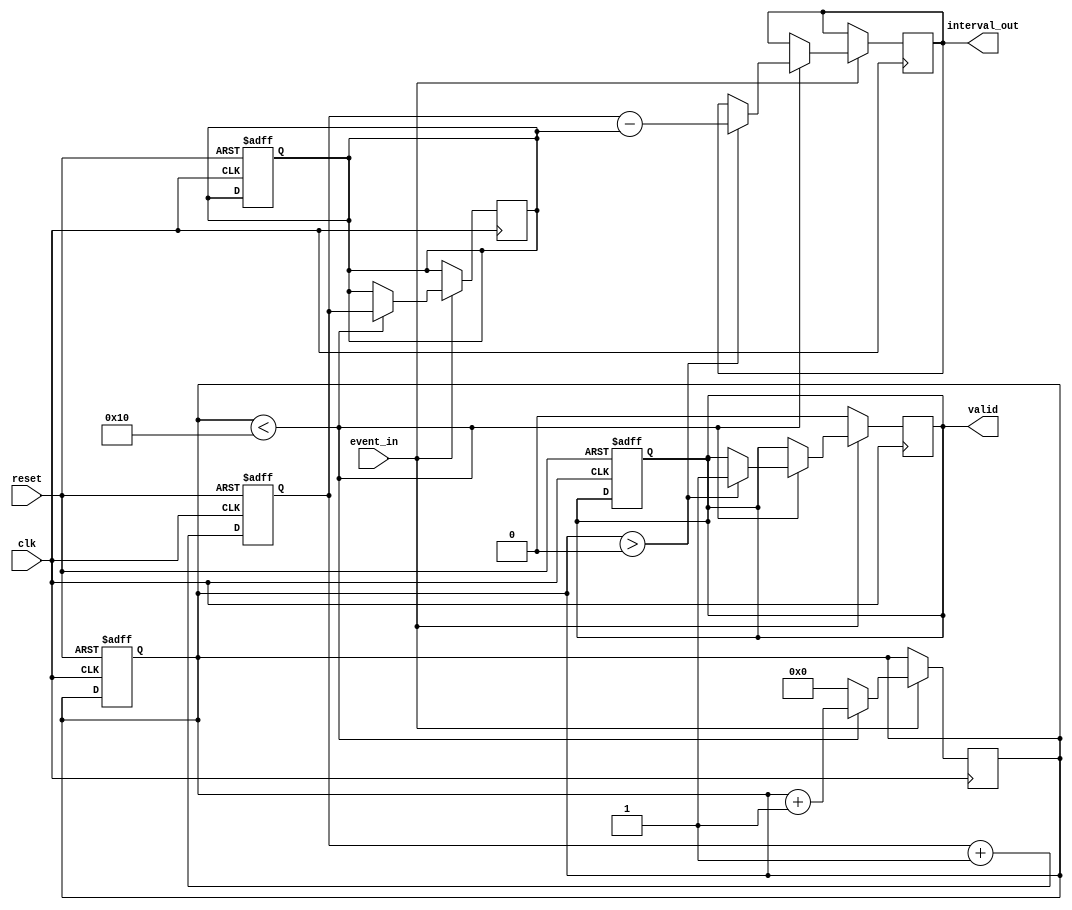
module MemoryBlocksEventTimerTDC (
    input wire clk,                // Clock input
    input wire reset,              // Reset signal
    input wire event_in,           // Event input signal
    output reg [15:0] interval_out, // Output for time intervals
    output reg valid               // Output valid signal
);

    parameter MAX_EVENTS = 16;     // Maximum number of events to store
    parameter COUNTER_WIDTH = 16;   // Width of the counter

    reg [COUNTER_WIDTH-1:0] counter; // Main counter
    reg [COUNTER_WIDTH-1:0] timestamps[MAX_EVENTS-1:0]; // Memory block for timestamps
    reg [3:0] event_count;           // Event count
    reg [COUNTER_WIDTH-1:0] last_timestamp; // Last event timestamp

    // Initialize the counter and event count
    always @(posedge clk or posedge reset) begin
        if (reset) begin
            counter <= 0;
            event_count <= 0;
            valid <= 0;
            last_timestamp <= 0;
        end else begin
            counter <= counter + 1; // Increment counter on each clock cycle
        end
    end

    // Event detection and timestamping
    always @(posedge clk) begin
        if (event_in) begin
            if (event_count < MAX_EVENTS) begin
                timestamps[event_count] <= counter; // Store current timestamp
                if (event_count > 0) begin
                    interval_out <= counter - last_timestamp; // Calculate interval
                    valid <= 1; // Set valid flag
                end
                last_timestamp <= counter; // Update last timestamp
                event_count <= event_count + 1; // Increment event count
            end else begin
                // Handle overflow: Reset event count or implement circular buffer logic
                event_count <= 0; // Reset for simplicity
            end
        end else begin
            valid <= 0; // Clear valid flag if no event
        end
    end

endmodule